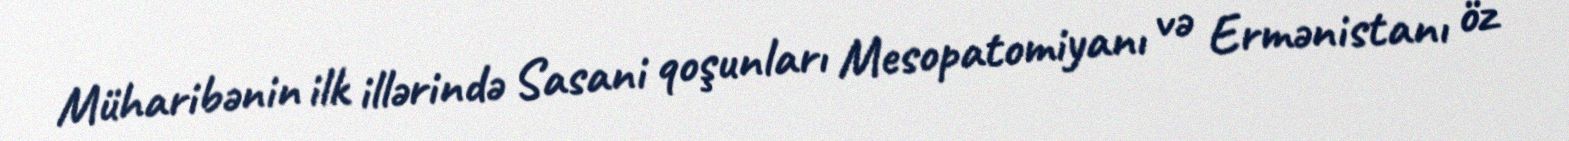
Müharibənin ilk illərində Sasani qoşunları Mesopatomiyanı və Ermənistanı öz